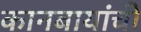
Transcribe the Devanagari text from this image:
कानबायांची